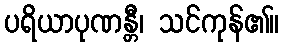
ပရိယာပုဏန္တီ၊ သင်ကုန်၏။